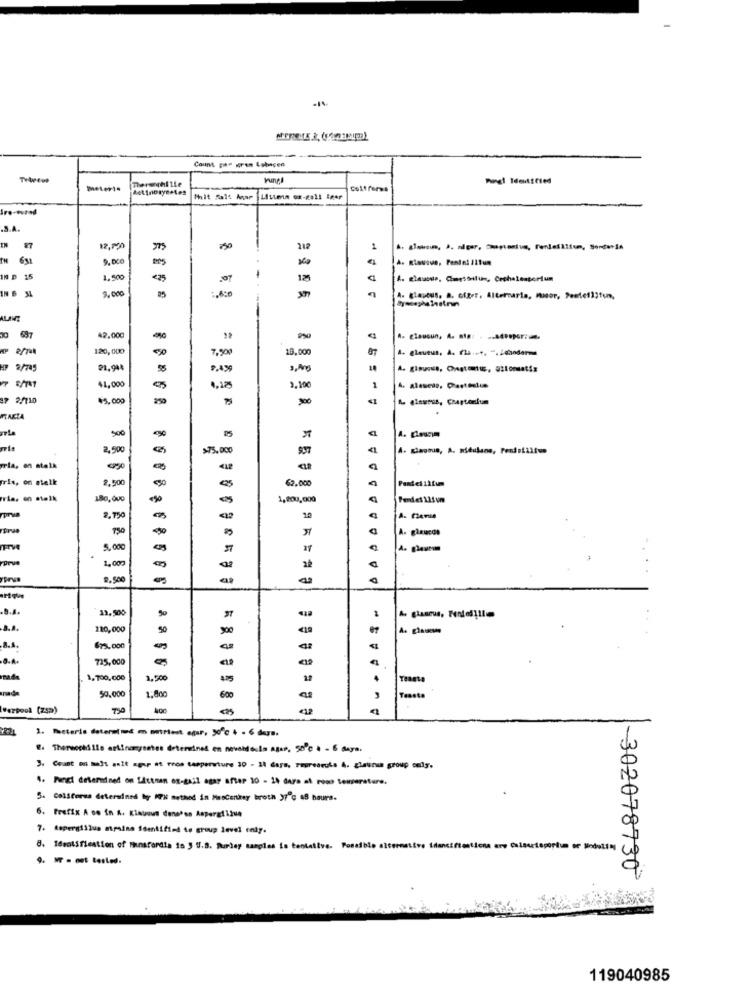
Count par gren Lohacen
Fungl
RetinosyneLes
colf forms
thit Salt Arar Listen ox-goll iger
IN
87
12,120
750
1
9,00
A. Rlaucun, Pentel Ilfun
IN P 15
1.50
<35
125
9,00
IN B M
A- clauous. a. efter, Alternaria, motor, Peeteil;fun.
ALAVEZ
30
42.000
A. clausun, A. st .. . ... 49.por
120,000
5
7,900
10,000
A. glaueus, A. (la .. +, ".4mandarme
2/Tag
21.944
3,A
A. glaucus, Onstents, atlonsatis
41,000
3,19
2010
45.000
FRAKTA
yeLa
500
2.500
>75.000
937
mrla, on stalk
iris, on stelk
2,50
es
62,000
-
1,200,000
Fendes 115 um
2, 750
Frue
750
50
A. glaucos
5,00
57
prue
1,000
9.500
-
13.500
210,000
<10
675.000
-
725,000
1,700,000
1,500
4.35
50.000
1.800
600
Toasto
verpool (zsa)
<25
221
8. Thereochille artinamentes determined en novodeals ages, 50ºc a - 6 days.
3. Count o mit anit spur st reos temperature 30 - 14 dare, reprecrois A. glauna group only.
4. Furg drierdined on Lautnan es-sail agar after 10 - 14 dara al roso temperature.
5. ColScorsa determined ligy ITH method in MesCenkey broth 37"℃ 48 hours.
6. Prefix A oo in A. Klatoun densésa Aspergt 12ue
7. Aspergillus mesine identified to group level enty.
8. Identification of Fansfordia 15 3 U.S. Purley samples is tentative. Fonafb
-302078730
119040985